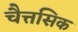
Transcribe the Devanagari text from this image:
चैत्तसिक